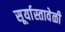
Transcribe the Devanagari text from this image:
सूर्यास्तावेळी